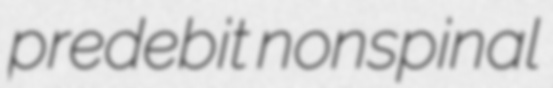
predebit nonspinal